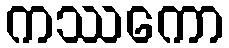
ကဿကော